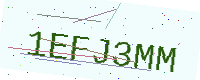
Text: 1EFJ3MM